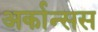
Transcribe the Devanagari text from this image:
अर्कान्सस